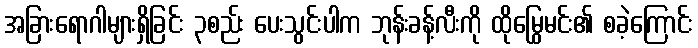
အခြားရောဂါများရှိခြင်း ၃စည်း ပေးသွင်းပါက ဘုန်းခန့်လီးကို ထိုမြွေမင်း၏ စခဲ့ကြောင်း